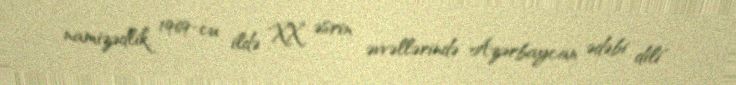
namizədlik, 1969-cu ildə "XX əsrin əvvəllərində Azərbaycan ədəbi dili"